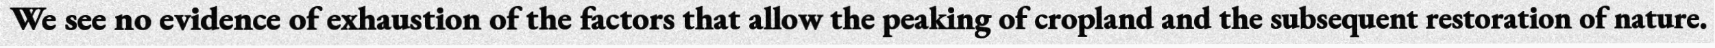
We see no evidence of exhaustion of the factors that allow the peaking of cropland and the subsequent restoration of nature.